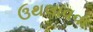
ઉથલાવવા